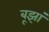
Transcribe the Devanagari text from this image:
बूझां